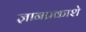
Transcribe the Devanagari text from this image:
ज्ञानप्रकाशे